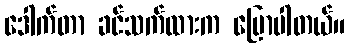
ဒေါက်တာ ခင်သက်ထားက ပြောပါတယ်။